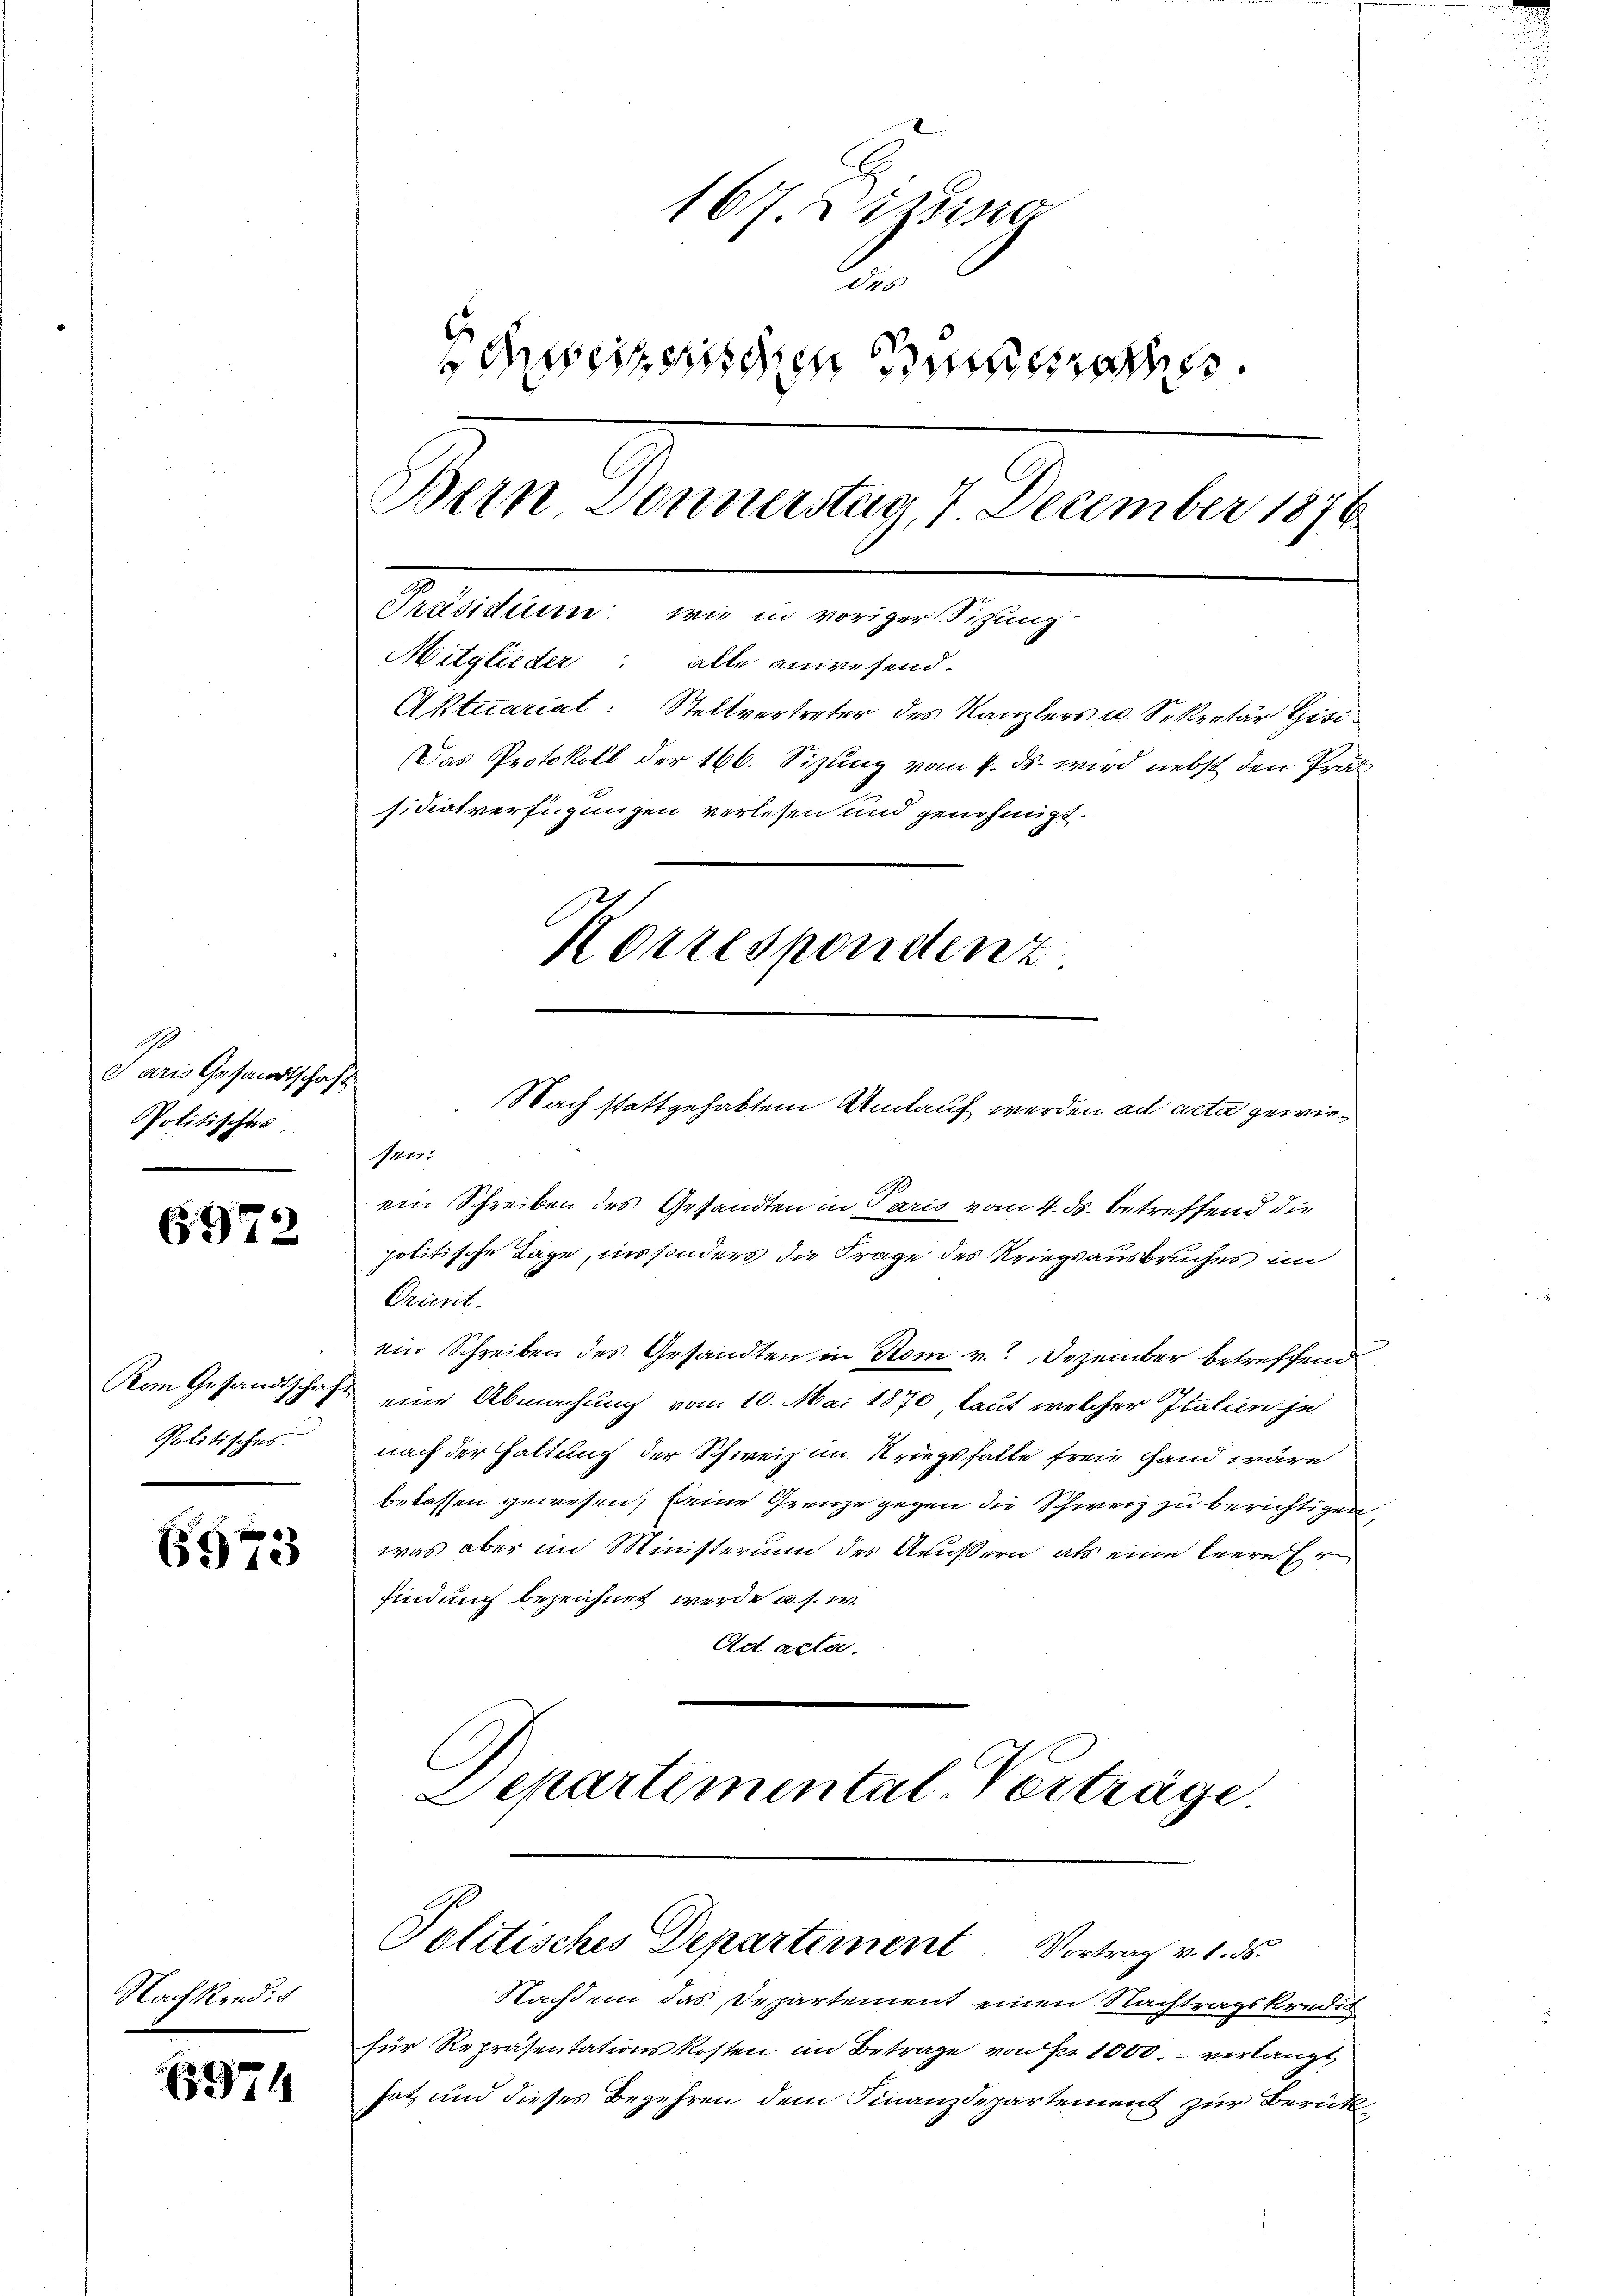
G
Paris Gesandtschaft
Politisches.

6972

Kom Gesandtschaft
Politisches.

6973

Nachkredit

74

167. 2 zune
des
Schweizerischen unera
Bern Donnerstag, 7 December 1876
Präsidium: wie in voriger Sitzung.
Mitglieder: alle anwesend.
Aktuariat: Stellvertreter des Kanzlers u. Sekretär Gisi¬
Das Protokoll der 166. Sizung vom 4. ds. wird nebst den Präsidialverfügungen verlesen und genehmigt.
Korrespondenz.

Nach stattgehabtem Umlauf werden ad acta gewie¬
121.

ein Schreiben des Gesandten in Paris vom 4. ds. betreffend die
politische Tage, in sonders die Frage des Kriegsausbruches im
Orient.
ein Schreiben des Gesandten in Rom v. Dezember betreffend
eine Abmachung vom 10. Mai 1870 laut welcher Italien je
nach der Gattung der Schweiz in Kriegshalte freie Hand wäre
belassen gewesen, seine Grenze gegen die Schweiz zu berichtigen,
was aber im Ministerum des Äußern, als eine leere Er
sind auch bezeichnet werde u. s. w.
Ad acta.
Departemental Verträge
Politisches Departement. Vortrag v. 1. ds.
Nachdem das Departement einen Nachtragskredi
für Repräsentationskosten im Betrage von des 1000. verlangt
hat, und dieses Begehren dem Finanzdepartement zur Berück¬